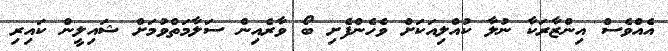
އެއްވެސް އިންޒާރަކާ ނުލާ ކުއްލިއަކަށް ވެހެންފެށި ބޯ ވާރެއިން ސަލާމަތްވުމަށް ޝައިލީން ކައިރި